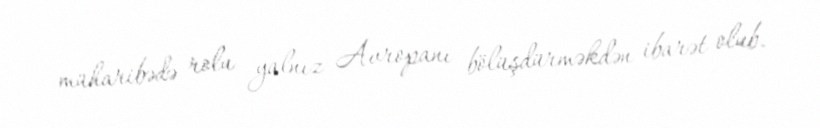
müharibədə rolu yalnız Avropanı bölüşdürməkdən ibarət olub.